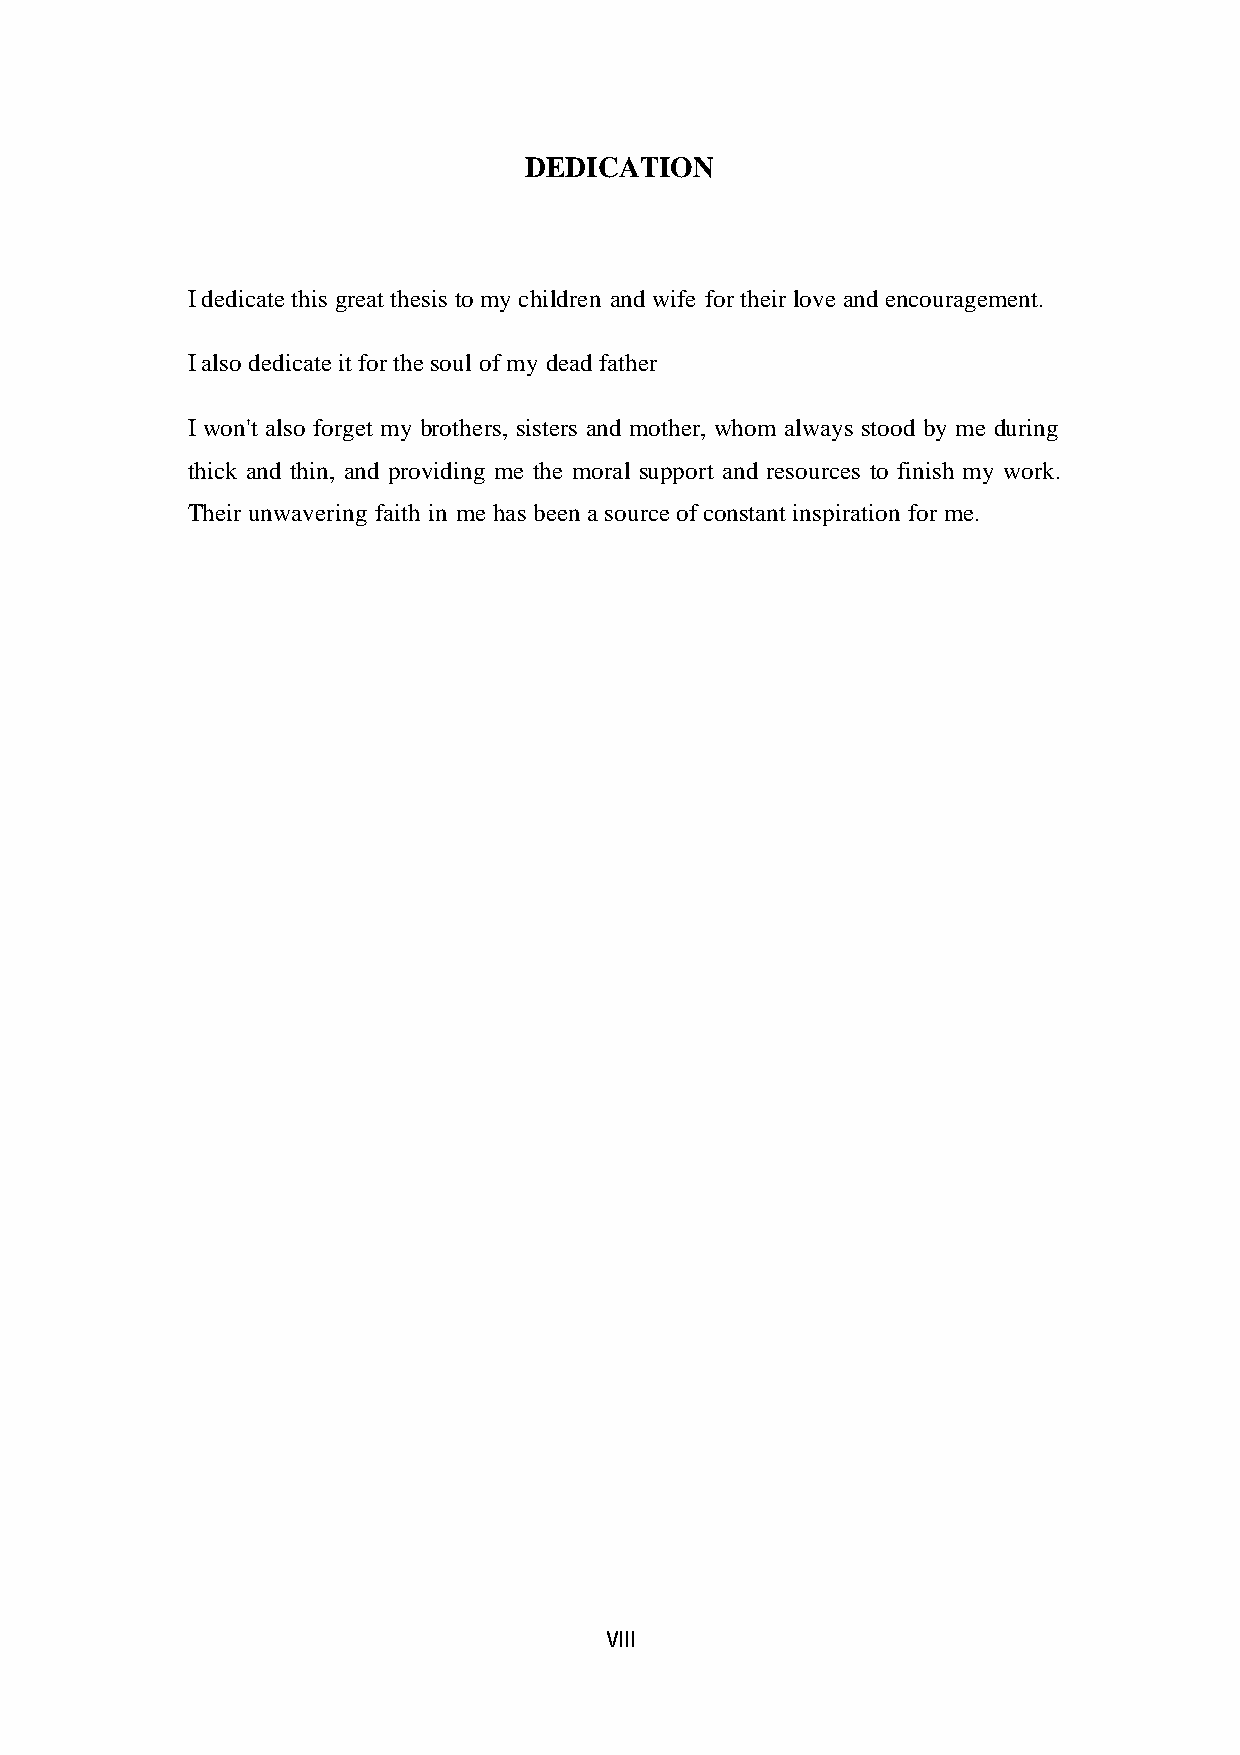
DEDICATION
 I dedicate this great thesis to my children and wife for their love and encouragement.
 I also dedicate it for the soul of my dead father
 I won't also forget my brothers, sisters and mother, whom always stood by me during
 thick and thin, and providing me the moral support and resources to finish my work.
 Their unwavering faith in me has been a source of constant inspiration for me.
 VIII